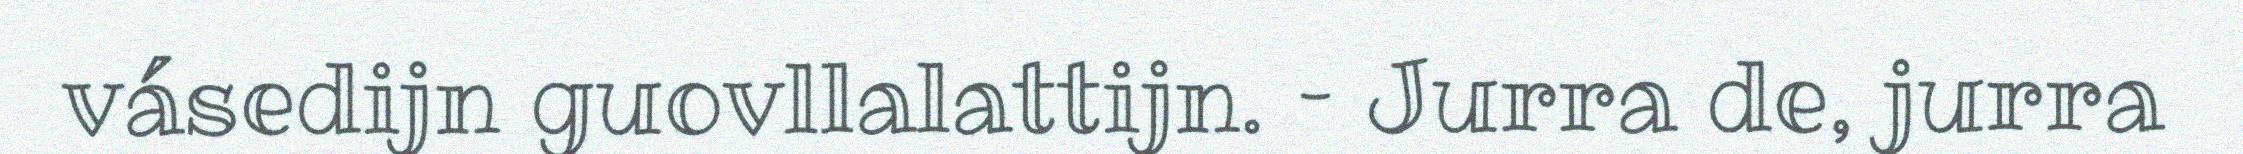
vásedijn guovllalattijn. – Jurra de, jurra